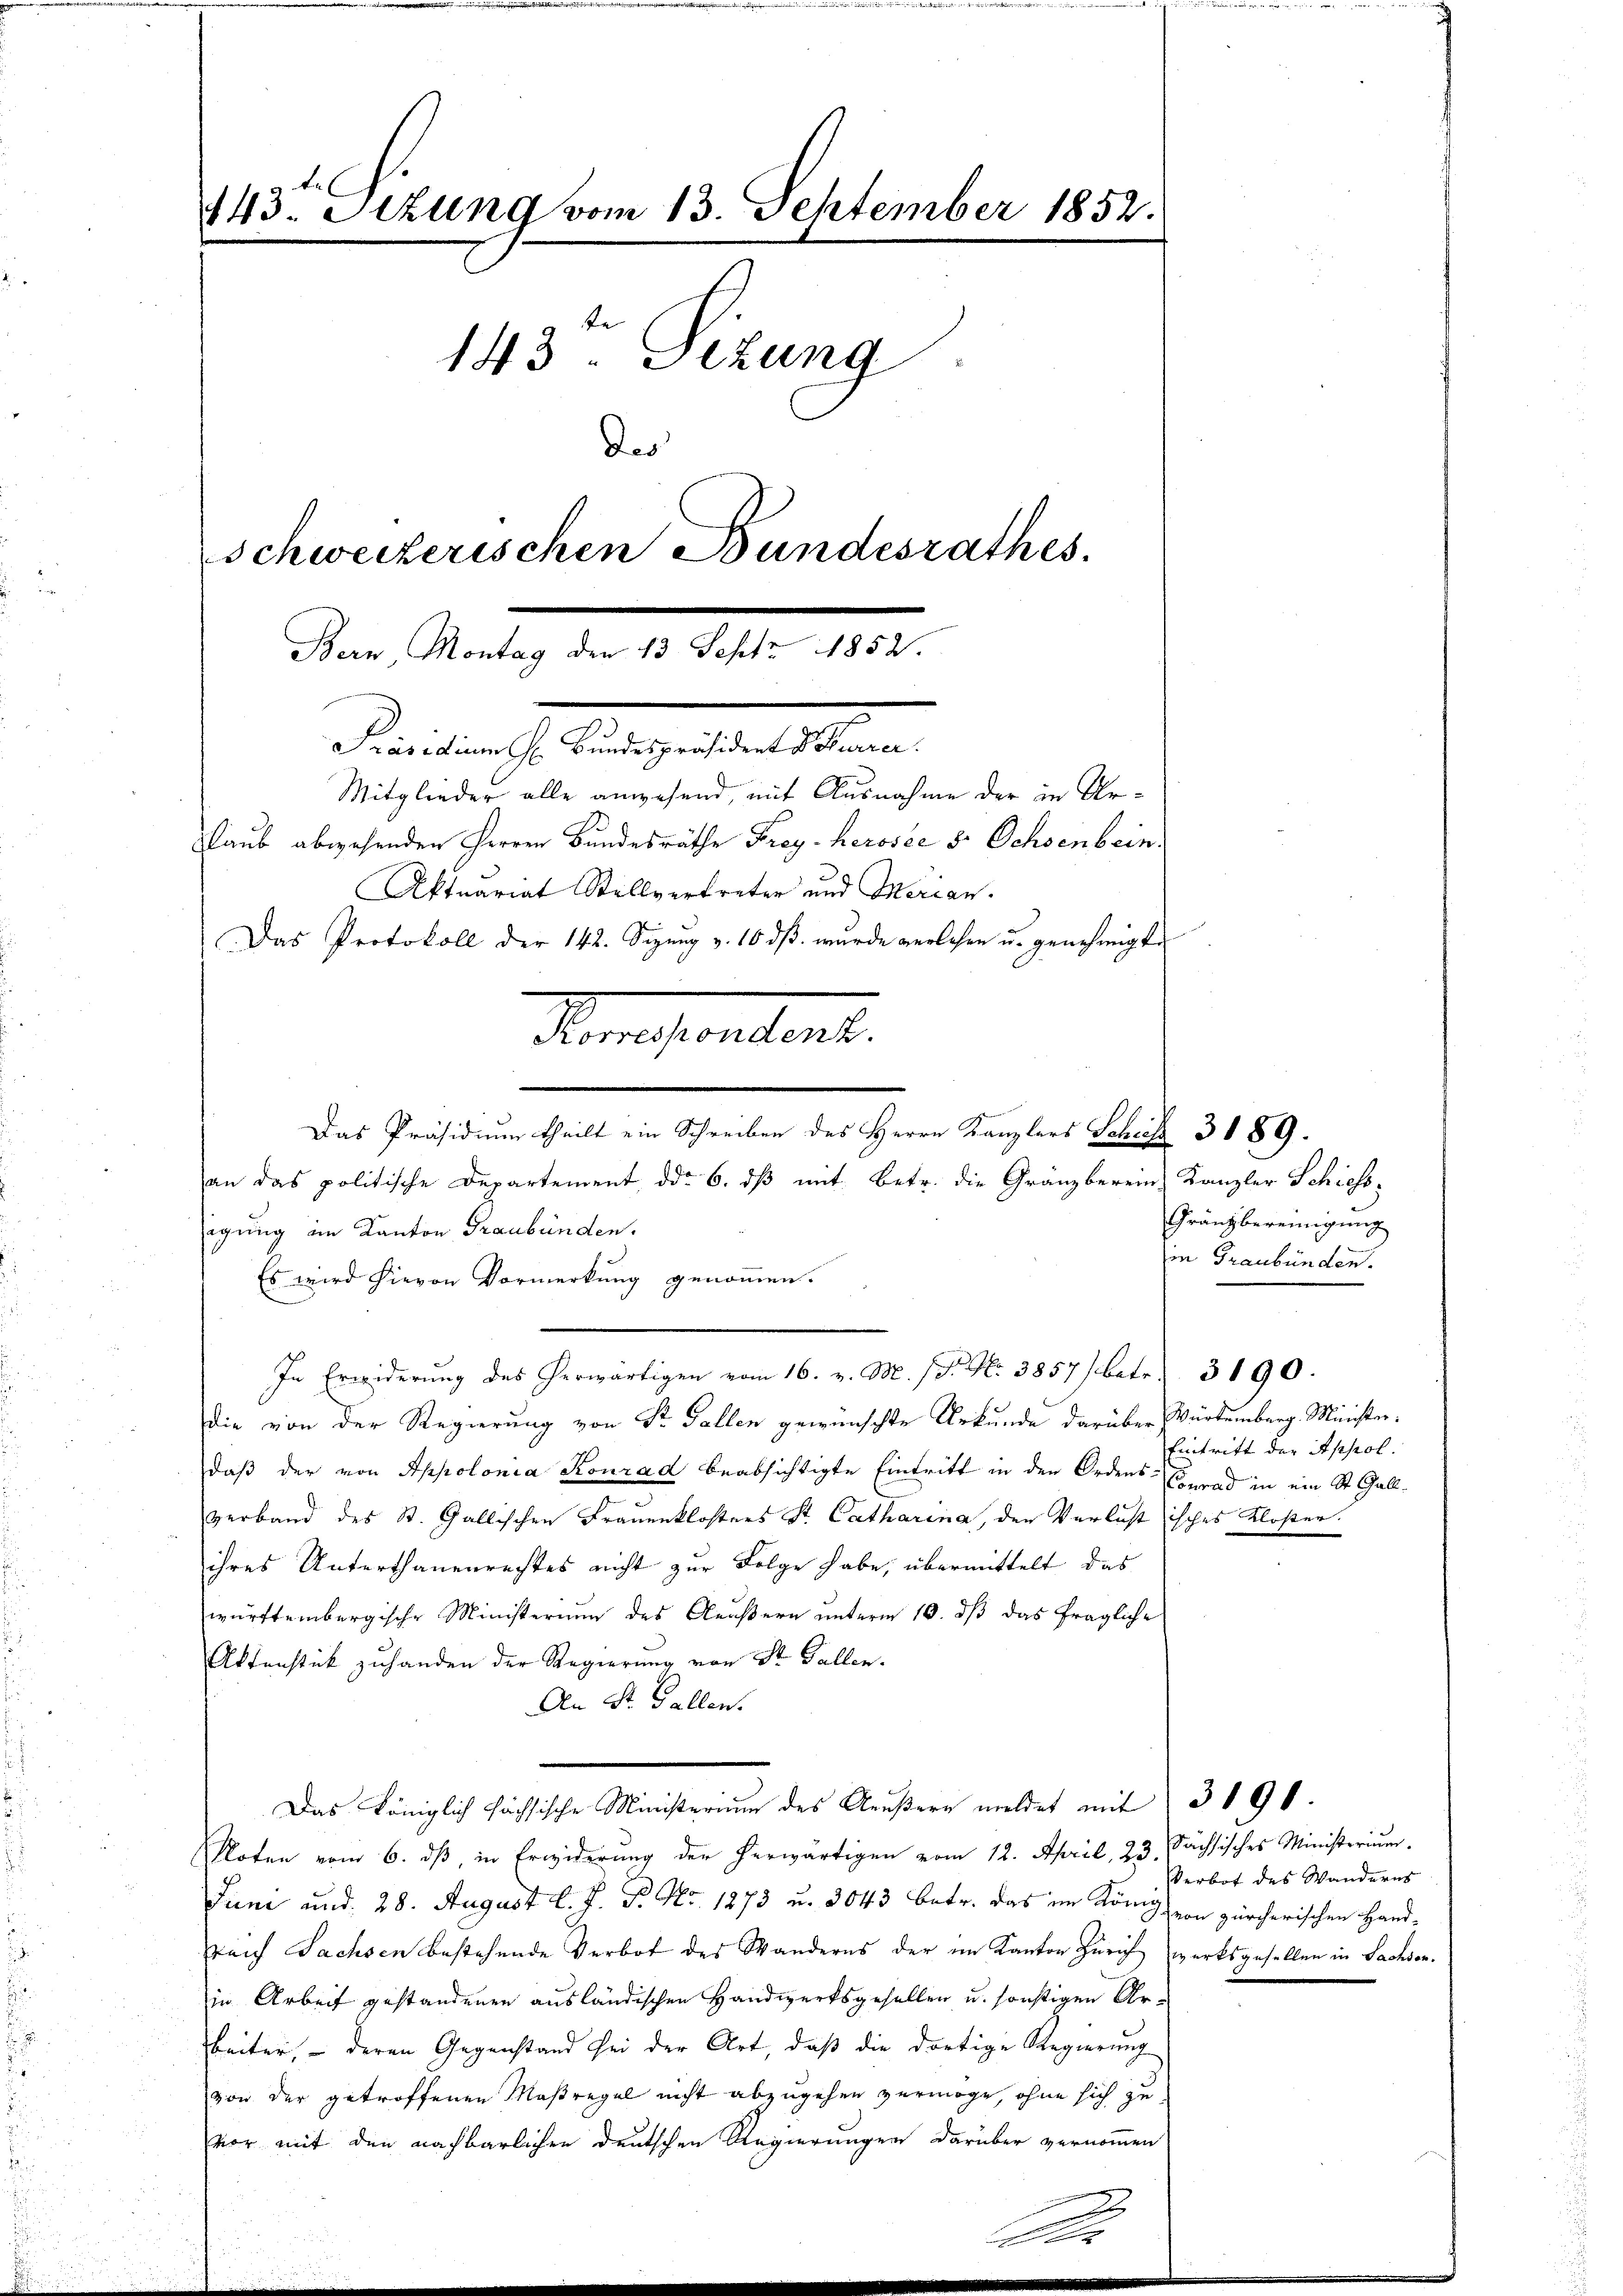
843. Sitzung vom 13. September 1852.
143. Sizung
Das
schweizerischen Bundesrathes

Bern Montag den 13. Sept. 1852.
Freiberathe eine gestalt seinen

Mitglieder alle anwesend, mit Ausnahme der in Ur¬
Renaisendant.
an das politische Departement ddo 6. dβ mit betr. die Gränzberein Kanzler Schiess,
igung im Kanton Graubünden.
Es wird hievon Vormerkung genommen.
In Erwiderung des herwärtigen vom 16. v. M. (T. N. 3857) betr. 3190.
die von der Regierung von Dr. Gallen gewünschte Urkunde darüber Würtemberg. Ministerdaß der von Appolonia Konrad beabsichtigte Eintritt in den Ordens- Gerad in ein St. Gallverband des St. Gallischen Frauenklosters St. Catharina, den Verlustisches Kloser.
ihres Unterthanenrechtes nicht zur Folge habe, übermittelt das
württembergische Ministerium des Aeußern unterm 10. dß das fragliche
Aktenstück zuhanden der Regierung von St. Gallen.
An St. Gallen.
Das Königlich höchsische Ministerium des Aeußern meldet mit 3 190.
Noten vom 6. dβ in Erwiderŭng der herwärtigen vom 12. April, 23. Sächsisches Ministerium.
Juni und 28. August l. J. P. Nr. 1273 u. 3043 betr. das im König von zürcherischen Hand-
sreich Sachsen bestehende Verbot des Wanderns der im Kanton Zürich werksgesellen in Sachsen.
in Arbeit gestandenen ausländischen Handwerksgesellen u. sonstigen Arbeiter, – deren Gegenstand sei der Art, daß die dortige Regierung
von der getroffenen Maßregel nicht abzugehen vermöge, ohne sich zu
vor mit den nachbarlichen deutschen Regierungen darüber vernommen

laub abwesenden Herren Bundesräthe Frey-herosée 8 Ochsenbein.
Aktuariat Stellvertreter und Merian.
Das Protokoll der 142. Sizung v. 10 dß wurde verlehen u. genehmigt.

Das Präsidium theilt ein Schreiben des Herrn Kanzlers Schutz 3 189.

Gränzbereinigung
in Graubünden.

Eintritt der Appol.

Verbot des Wanderns